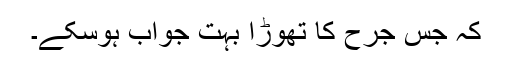
کہ جس جرح کا تھوڑا بہت جواب ہوسکے۔